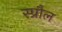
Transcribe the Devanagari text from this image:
स्प्रौल